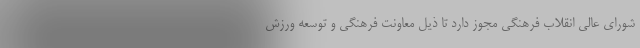
شورای عالی انقلاب فرهنگی مجوز دارد تا ذیل معاونت فرهنگی و توسعه ورزش